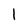
Character: I